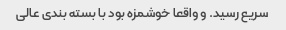
سریع رسید. و واقعا خوشمزه بود با بسته بندی عالی